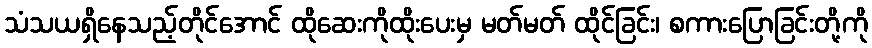
သံသယရှိနေသည့်တိုင်အောင် ထိုဆေးကိုထိုးပေးမှ မတ်မတ် ထိုင်ခြင်း၊ စကားပြောခြင်းတို့ကို